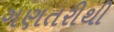
ગણતરીથી